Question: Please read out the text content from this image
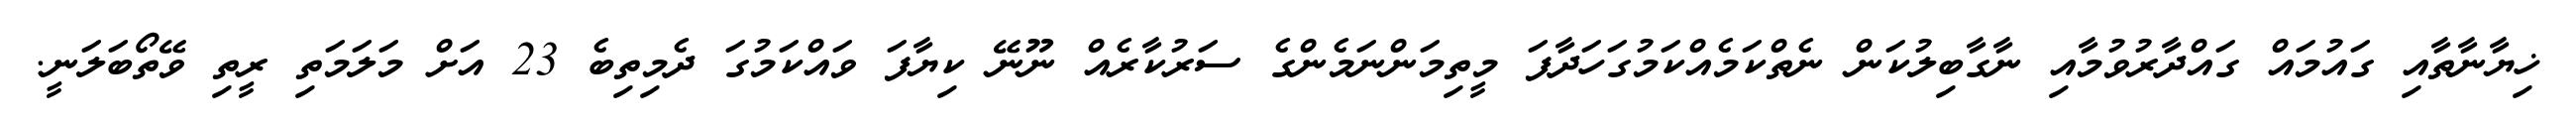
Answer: ޚިޔާނާތާއި ގައުމައް ގައްދާރުވުމާއި ނާގާބިލުކަން ނެތްކަމެއްކަމުގަހަދާފަ މީތިމަންނަމެންގެ ސަރުކާރެއް ނޫނޭ ކިޔާފަ ވައްކަމުގަ ދެމިތިބެ 23 އަށް މަލަމަތި ރީތި ވޭތޯބަލަނީ.